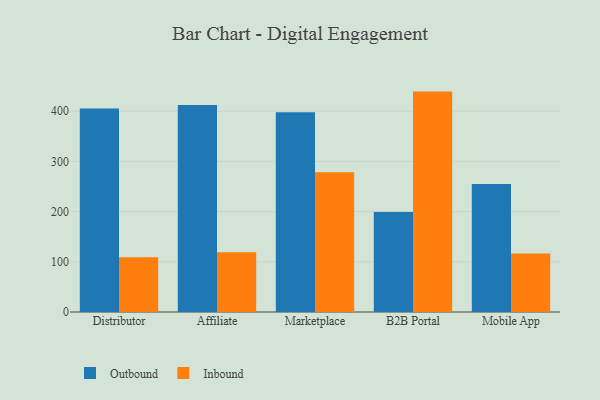
{"axis": {"x": "Channel", "y": "LTV (USD)"}, "legend": ["Inbound", "Outbound"], "data": [{"x": "Distributor", "y": 405.0, "type": "Outbound"}, {"x": "Distributor", "y": 109.0, "type": "Inbound"}, {"x": "Affiliate", "y": 412.1, "type": "Outbound"}, {"x": "Affiliate", "y": 119.0, "type": "Inbound"}, {"x": "Marketplace", "y": 398.0, "type": "Outbound"}, {"x": "Marketplace", "y": 278.2, "type": "Inbound"}, {"x": "B2B Portal", "y": 199.2, "type": "Outbound"}, {"x": "B2B Portal", "y": 438.9, "type": "Inbound"}, {"x": "Mobile App", "y": 254.8, "type": "Outbound"}, {"x": "Mobile App", "y": 116.4, "type": "Inbound"}]}